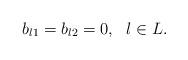
LaTeX: \begin{align*}b_{l1}=b_{l2}=0, \ \ l\in L.\end{align*}